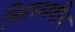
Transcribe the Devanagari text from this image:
चिरस्मणीय